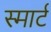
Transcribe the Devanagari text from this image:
स्‍मार्ट